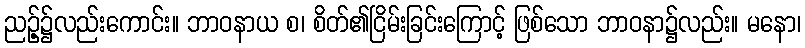
ညဉ့်၌လည်းကောင်း။ ဘာဝနာယ စ၊ စိတ်၏ငြိမ်းခြင်းကြောင့် ဖြစ်သော ဘာဝနာ၌လည်း။ မနော၊